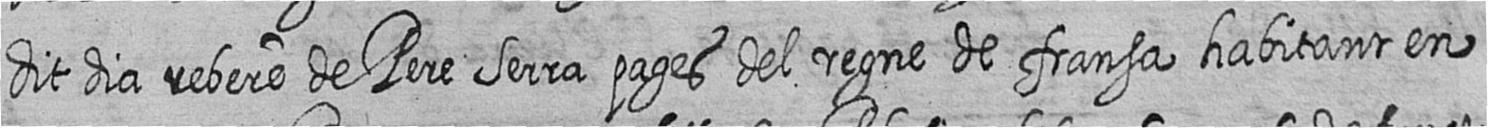
dit dia rebere de Pere Serra pages del regne de fransa habitant en